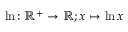
\ln \colon \mathbb { R } ^ { + } \to \mathbb { R } ; x \mapsto \ln x